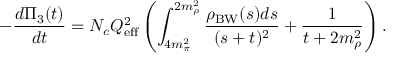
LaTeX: - \frac { d \Pi _ { 3 } ( t ) } { d t } = N _ { c } Q _ { \mathrm { e f f } } ^ { 2 } \left( \int _ { 4 m _ { \pi } ^ { 2 } } ^ { 2 m _ { \rho } ^ { 2 } } \frac { \rho _ { \mathrm { B W } } ( s ) d s } { ( s + t ) ^ { 2 } } + \frac 1 { t + 2 m _ { \rho } ^ { 2 } } \right) .